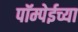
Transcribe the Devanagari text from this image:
पॉम्पेईच्या